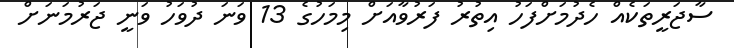
ސާޖަރީތަކެއް ހެދުމަށްފަހު އިތުރު ފަރުވާއަށް މިމަހުގެ 13 ވަނަ ދުވަހު ވަނީ ޖަރުމަނަށް